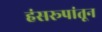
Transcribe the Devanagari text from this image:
हंसरूपांतून